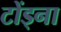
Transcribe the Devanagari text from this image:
टोंड्ना